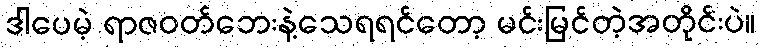
ဒါပေမဲ့ ရာဇဝတ်ဘေးနဲ့သေရရင်တော့ မင်းမြင်တဲ့အတိုင်းပဲ။